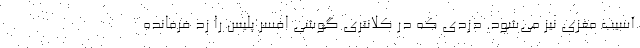
آسیب مغزی نیز می‌شود. دزدی که در کلانتری گوشی افسر پلیس را زد فرمانده